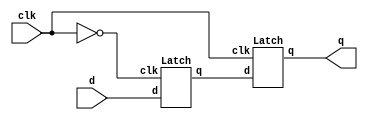
`timescale 1ns/1ps

module Flip_Flop (clk, d, q);
input clk;
input d;
output q;
wire nclk, w;

not not_clk (nclk, clk);

Latch Master (
  .clk (nclk),
  .d (d),
  .q (w)
);

Latch Slave (
  .clk (clk),
  .d (w),
  .q (q)
);

endmodule

module Latch (clk, d, q);
input clk;
input d;
output q;
wire nd, a, b, c;

not not_d (nd, d);

nand nand_a (a, d, clk);
nand nand_b (b, nd, clk);
nand nand_c (q, a, c);
nand nand_e (c, b, q);

endmodule